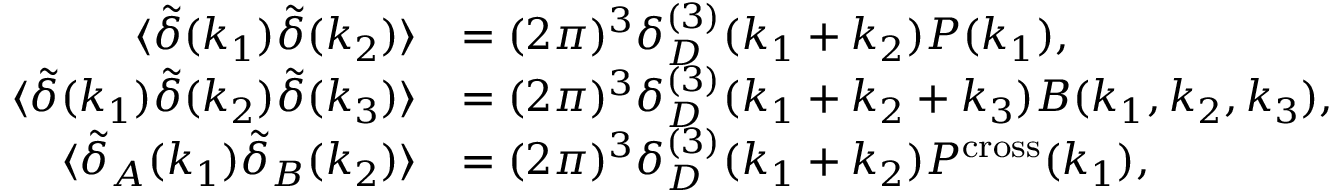
\begin{array} { r l } { \langle \tilde { \delta } ( \ensuremath { \boldsymbol { k } } _ { 1 } ) \tilde { \delta } ( \ensuremath { \boldsymbol { k } } _ { 2 } ) \rangle } & { = ( 2 \pi ) ^ { 3 } \delta _ { D } ^ { ( 3 ) } ( \ensuremath { \boldsymbol { k } } _ { 1 } + \ensuremath { \boldsymbol { k } } _ { 2 } ) P ( k _ { 1 } ) , } \\ { \langle \tilde { \delta } ( \ensuremath { \boldsymbol { k } } _ { 1 } ) \tilde { \delta } ( \ensuremath { \boldsymbol { k } } _ { 2 } ) \tilde { \delta } ( \ensuremath { \boldsymbol { k } } _ { 3 } ) \rangle } & { = ( 2 \pi ) ^ { 3 } \delta _ { D } ^ { ( 3 ) } ( \ensuremath { \boldsymbol { k } } _ { 1 } + \ensuremath { \boldsymbol { k } } _ { 2 } + \ensuremath { \boldsymbol { k } } _ { 3 } ) B ( k _ { 1 } , k _ { 2 } , k _ { 3 } ) , } \\ { \langle \tilde { \delta } _ { A } ( \ensuremath { \boldsymbol { k } } _ { 1 } ) \tilde { \delta } _ { B } ( \ensuremath { \boldsymbol { k } } _ { 2 } ) \rangle } & { = ( 2 \pi ) ^ { 3 } \delta _ { D } ^ { ( 3 ) } ( \ensuremath { \boldsymbol { k } } _ { 1 } + \ensuremath { \boldsymbol { k } } _ { 2 } ) P ^ { \mathrm { c r o s s } } ( k _ { 1 } ) , } \end{array}